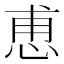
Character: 𮲆